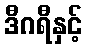
ဒီဂရီနှင့်